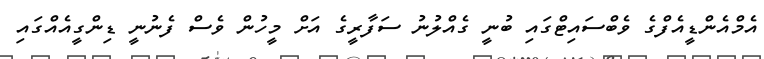
އެމްއެންޑީއެފްގެ ވެބްސައިޓްގައި ބުނީ ގެއްލުނު ސަފާރީގެ އަށް މީހުން ވެސް ފެނުނީ ޑިންގީއެއްގައި